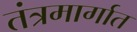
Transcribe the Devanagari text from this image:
तंत्रमार्गात